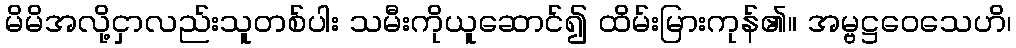
မိမိအလို့ငှာလည်းသူတစ်ပါး သမီးကိုယူဆောင်၍ ထိမ်းမြားကုန်၏။ အမ္ဗဋ္ဌဝေသေဟိ၊